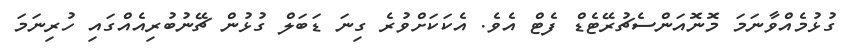
ގުޅުމެއްވާނަމަ މޮނޮއަންސެޗުރޭޓެޑް ފެޓް އެވެ. އެކަކަށްވުރެ ގިނަ ޑަބަލް ގުޅުން ޗޭނުބުރިއެއްގައި ހުރިނަމަ